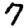
Digit: 7